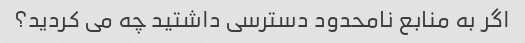
اگر به منابع نامحدود دسترسی داشتید چه می کردید؟